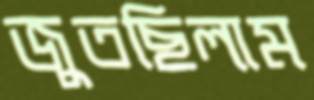
জুতছিলাম